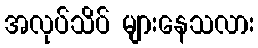
အလုပ်သိပ် များနေသလား